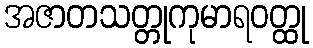
အဇာတသတ္တုကုမာရဝတ္ထု